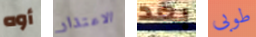
أوه الاعتذار بعد طوبى